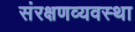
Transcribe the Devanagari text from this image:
संरक्षणव्यवस्था